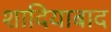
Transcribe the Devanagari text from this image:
शादियाबाद